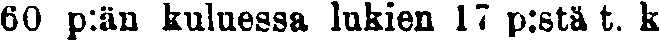
60 p:än kuluessa lukien 17 p:stä t. k